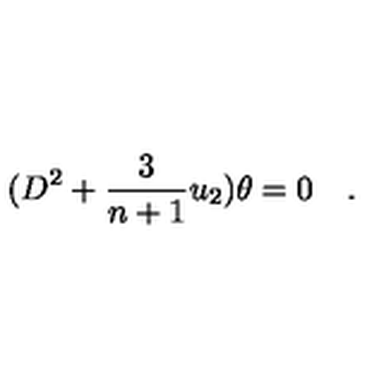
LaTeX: ( D ^ { 2 } + { \frac { 3 } { n + 1 } } u _ { 2 } ) \theta = 0 \quad .